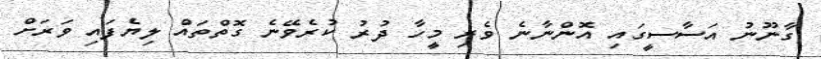
ގާނޫނު އަސާސީގައި އޮންނާނެ ވެރި މީހާ ދުރު ކުރެވޭނެ ގޮތްތައް ލިޔެފައި ވަރަށް